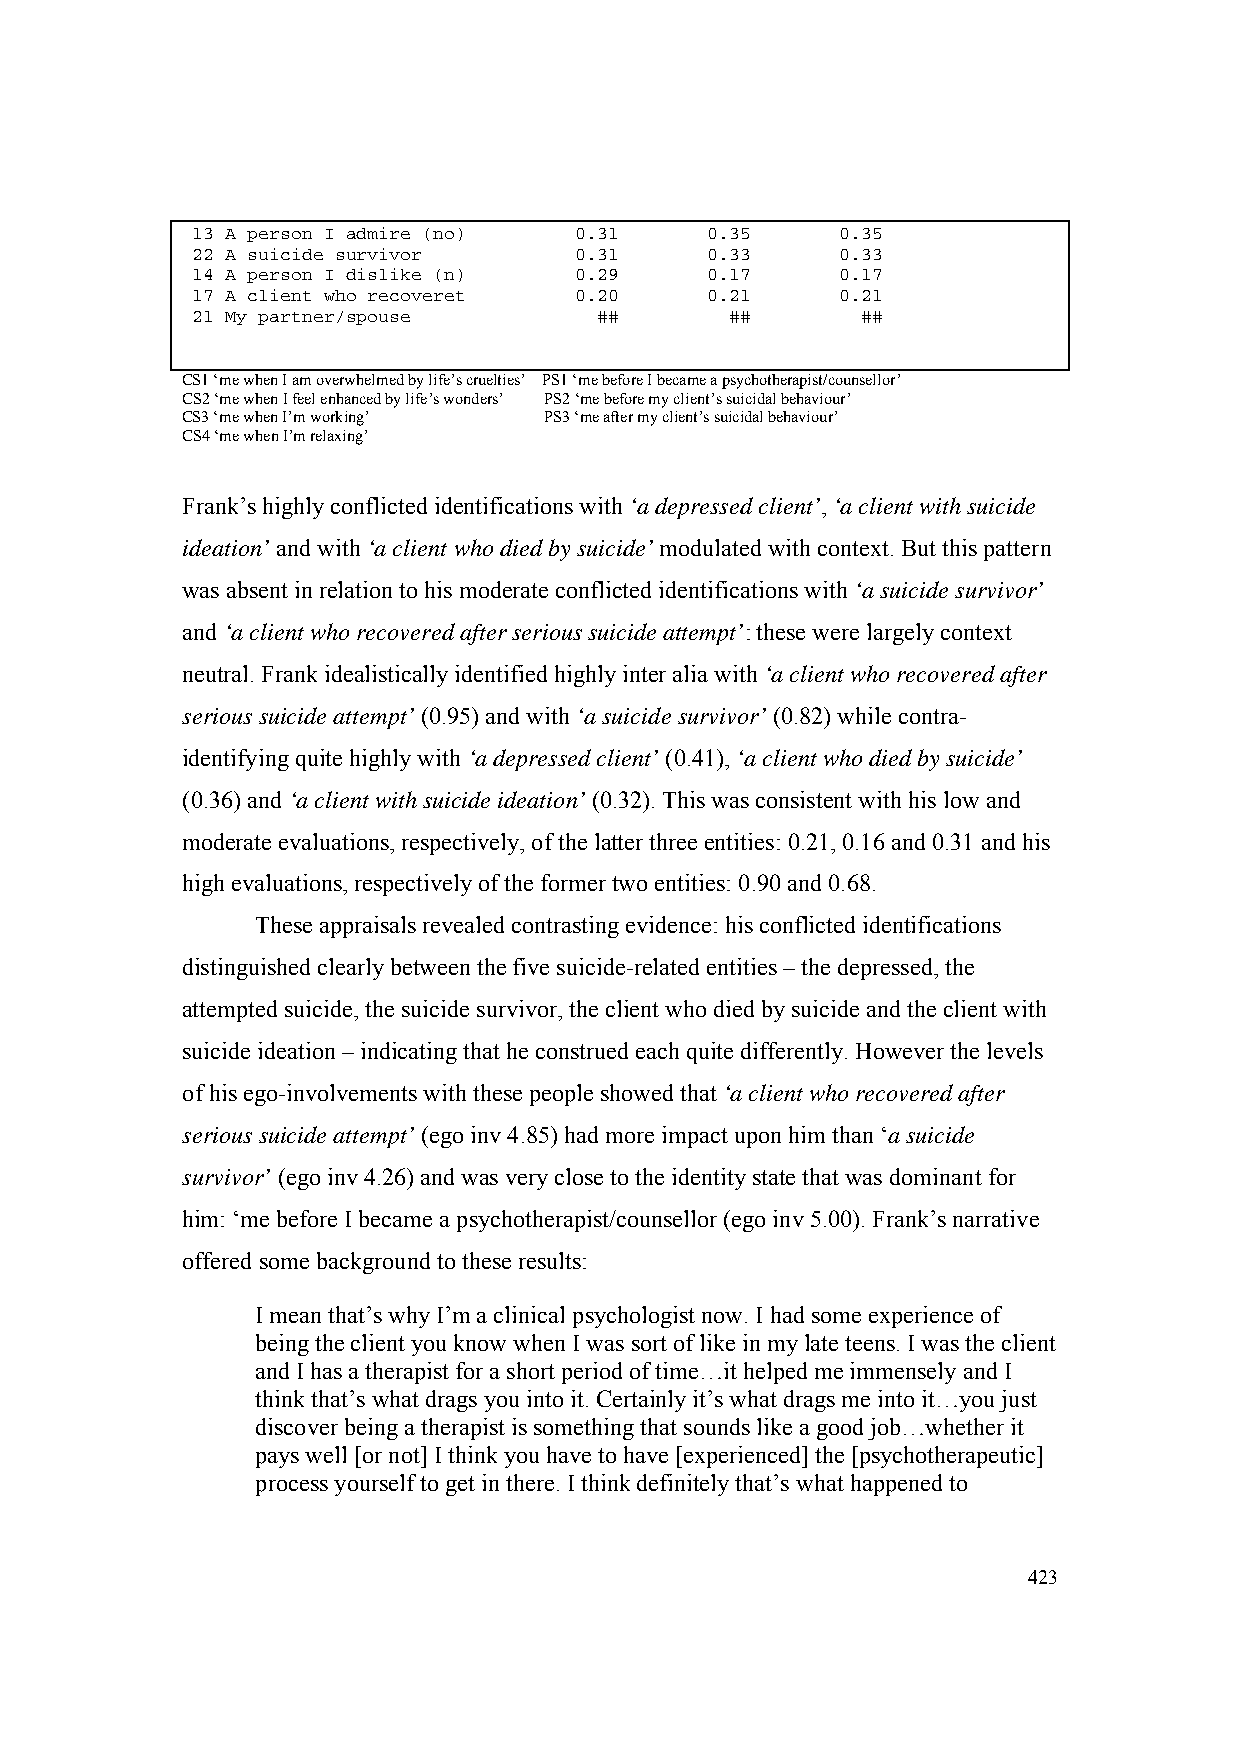
13 A person I admire (no) 0.31    0.35     0.35
 22 A suicide survivor    0.31     0.33     0.33
 14 A person I dislike (n) 0.29    0.17     0.17
 17 A client who recoveret 0.20    0.21     0.21
 21 My partner/spouse       ##      ##       ##
 CS1 ‘me when I am overwhelmed by life’s cruelties’ PS1 ‘me before I became a psychotherapist/counsellor’
 CS2 ‘me when I feel enhanced by life’s wonders’ PS2 ‘me before my client’s suicidal behaviour’
 CS3 ‘me when I’m working’ PS3 ‘me after my client’s suicidal behaviour’
 CS4 ‘me when I’m relaxing’
 Frank’s highly conflicted identifications with ‘a depressed client’, ‘a client with suicide
 ideation’ and with ‘a client who died by suicide’ modulated with context. But this pattern
 was absent in relation to his moderate conflicted identifications with ‘a suicide survivor’
 and ‘a client who recovered after serious suicide attempt’: these were largely context
 neutral. Frank idealistically identified highly inter alia with ‘a client who recovered after
 serious suicide attempt’ (0.95) and with ‘a suicide survivor’ (0.82) while contra-
 identifying quite highly with ‘a depressed client’ (0.41), ‘a client who died by suicide’
 (0.36) and ‘a client with suicide ideation’ (0.32). This was consistent with his low and
 moderate evaluations, respectively, of the latter three entities: 0.21, 0.16 and 0.31 and his
 high evaluations, respectively of the former two entities: 0.90 and 0.68.
 These appraisals revealed contrasting evidence: his conflicted identifications
 distinguished clearly between the five suicide-related entities – the depressed, the
 attempted suicide, the suicide survivor, the client who died by suicide and the client with
 suicide ideation – indicating that he construed each quite differently. However the levels
 of his ego-involvements with these people showed that ‘a client who recovered after
 serious suicide attempt’ (ego inv 4.85) had more impact upon him than ‘a suicide
 survivor’ (ego inv 4.26) and was very close to the identity state that was dominant for
 him: ‘me before I became a psychotherapist/counsellor (ego inv 5.00). Frank’s narrative
 offered some background to these results:
 I mean that’s why I’m a clinical psychologist now. I had some experience of
 being the client you know when I was sort of like in my late teens. I was the client
 and I has a therapist for a short period of time…it helped me immensely and I
 think that’s what drags you into it. Certainly it’s what drags me into it…you just
 discover being a therapist is something that sounds like a good job…whether it
 pays well [or not] I think you have to have [experienced] the [psychotherapeutic]
 process yourself to get in there. I think definitely that’s what happened to
 423